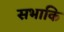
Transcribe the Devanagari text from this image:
सभाकि